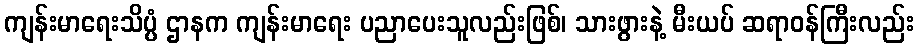
ကျန်းမာရေးသိပ္ပံ ဌာနက ကျန်းမာရေး ပညာပေးသူလည်းဖြစ်၊ သားဖွားနဲ့ မီးယပ် ဆရာဝန်ကြီးလည်း